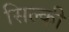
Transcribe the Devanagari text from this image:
सिल्की